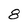
Character: 8